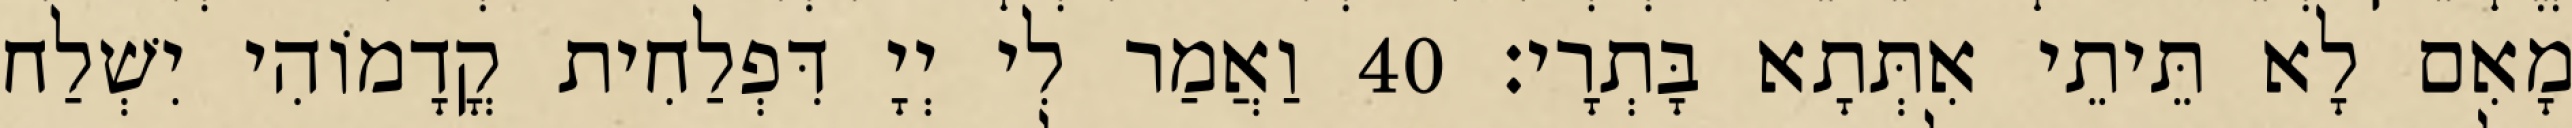
מָאִם לָא תֵּיתֵי אִתְּתָא בָּתְרָי׃ 40 וַאֲמַר לִי יְיָ דִּפְלַחִית קֳדָמוֹהִי יִשְׁלַח